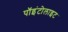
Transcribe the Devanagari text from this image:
पॉइंटोलाइट